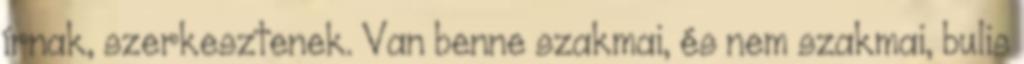
írnak, szerkesztenek. Van benne szakmai, és nem szakmai, bulis